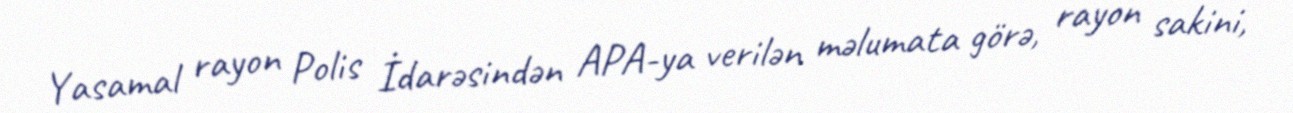
Yasamal rayon Polis İdarəsindən APA-ya verilən məlumata görə, rayon sakini,